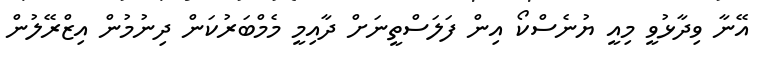
އޭނާ ވިދާޅުވީ މިއީ ޔުނެސްކޯ އިން ފަލަސްތީނަށް ދާއިމީ މެމްބަރުކަން ދިނުމުން އިޒްރޭލުން